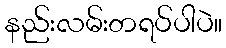
နည်းလမ်းတရပ်ပါပဲ။